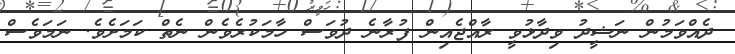
ދެއްވަމުން ނަޝީދު ވިދާޅުވީ ރާއްޖެއިން ފުރާނެ ދުވަސް ހާމަކުރެވެން ނެތް ކަމަށެވެ. ނަމަވެސް